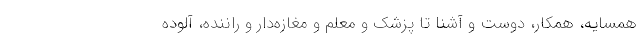
همسایه، همکار، دوست و آشنا تا پزشک و معلم و مغازه‌دار و راننده، آلوده